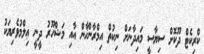
ކްރިކެޓް ދޫކޮށް ސިޔާސީ މައިދާނަށް ނިކުތް އިމްރާންޚާން އާއި މަޝްހޫރު ދީނީ ޢިލްމުވެރިޔަކު